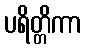
ပရိတ္တိကာ